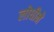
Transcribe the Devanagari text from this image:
लोधीने